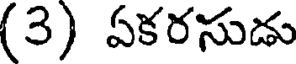
(3) వకరసుడు